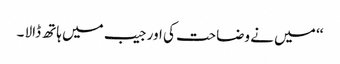
‘‘ میں نے وضاحت کی اور جیب میں ہاتھ ڈالا ۔